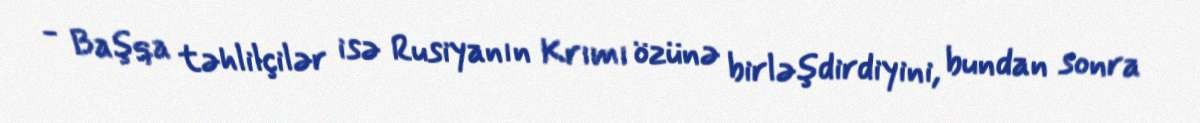
- Başqa təhlilçilər isə Rusiyanın Krımı özünə birləşdirdiyini, bundan sonra